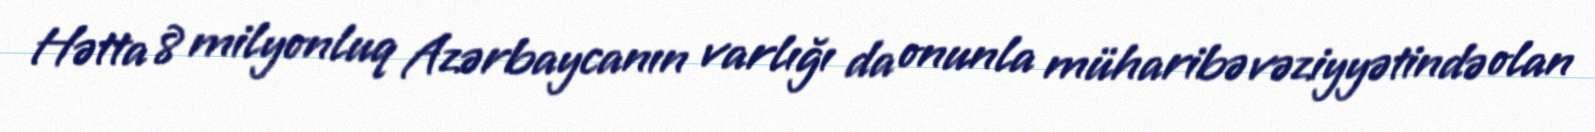
Hətta 8 milyonluq Azərbaycanın varlığı da onunla müharibə vəziyyətində olan